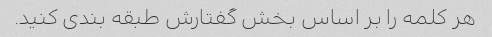
هر کلمه را بر اساس بخش گفتارش طبقه بندی کنید.